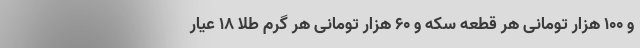
و ۱۰۰ هزار تومانی هر قطعه سکه و ۶۰ هزار تومانی هر گرم طلا ۱۸ عیار